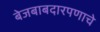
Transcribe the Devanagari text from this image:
बेजबाबदारपणाचे